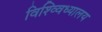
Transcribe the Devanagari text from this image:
विश्व्विध्यालय